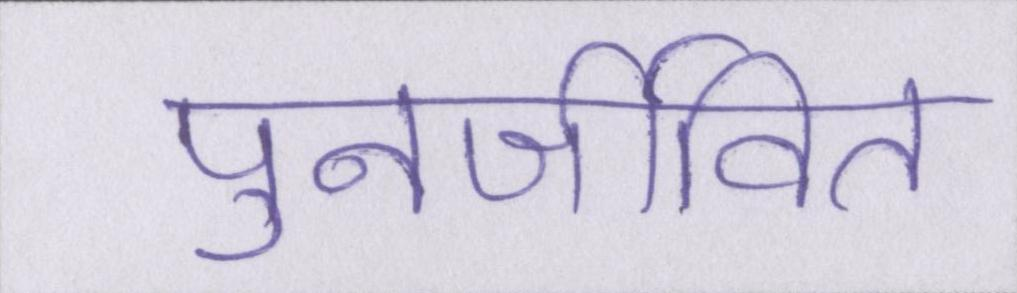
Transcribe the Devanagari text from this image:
पुनर्जीवित